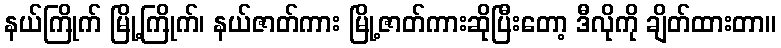
နယ်ကြိုက် မြို့ကြိုက်၊ နယ်ဇာတ်ကား မြို့ဇာတ်ကားဆိုပြီးတော့ ဒီလိုကို ချိတ်ထားတာ။